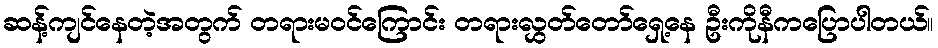
ဆန့်ကျင်နေတဲ့အတွက် တရားမဝင်ကြောင်း တရားလွှတ်တော်ရှေ့နေ ဦးကိုနီကပြောပါတယ်။